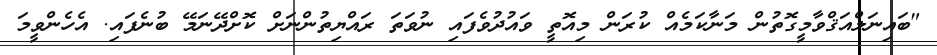
"ބައިނަލްއަޤްވާމީގޮތުން މަނާކަމެއް ކުރަން މިއޮތީ ވައުދުވެފައި ނުވަތަ ރައްޔިތުންނަށް ކޮށްދޭނަމޭ ބުނެފައި. އެހެންވީމަ